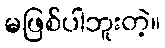
မဖြစ်ပါဘူးတဲ့။